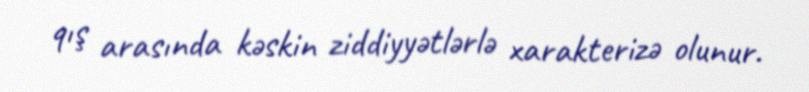
qış arasında kəskin ziddiyyətlərlə xarakterizə olunur.